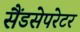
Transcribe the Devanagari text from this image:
सैंडसेपरेटर